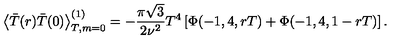
\left\langle \bar { T } ( r ) \bar { T } ( 0 ) \right\rangle _ { T , m = 0 } ^ { ( 1 ) } = - \frac { \pi \sqrt { 3 } } { 2 \nu ^ { 2 } } T ^ { 4 } \left[ \Phi ( - 1 , 4 , r T ) + \Phi ( - 1 , 4 , 1 - r T ) \right] .